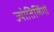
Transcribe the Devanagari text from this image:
ज्योतिलिंगों